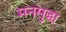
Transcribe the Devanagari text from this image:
मनसुद्धा